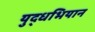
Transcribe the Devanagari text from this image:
युद्धभियान